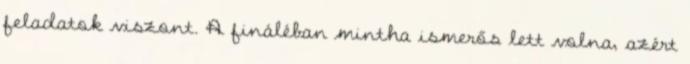
feladatok viszont. A fináléban mintha ismerős lett volna, azért